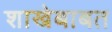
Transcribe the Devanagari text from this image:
शाखेबाबत